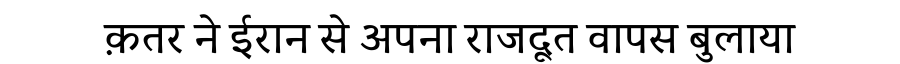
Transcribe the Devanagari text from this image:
क़तर ने ईरान से अपना राजदूत वापस बुलाया